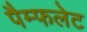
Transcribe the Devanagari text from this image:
पैम्‍फलेट